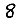
Digit: 8